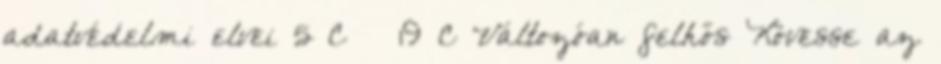
adatvédelmi elvei 5°C 19°C Változóan felhős Kövesse az